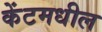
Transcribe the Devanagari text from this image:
केंटमधील